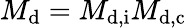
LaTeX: M_{\mathrm d}=M_{\mathrm{d,i}}M_{\mathrm{d,c}}